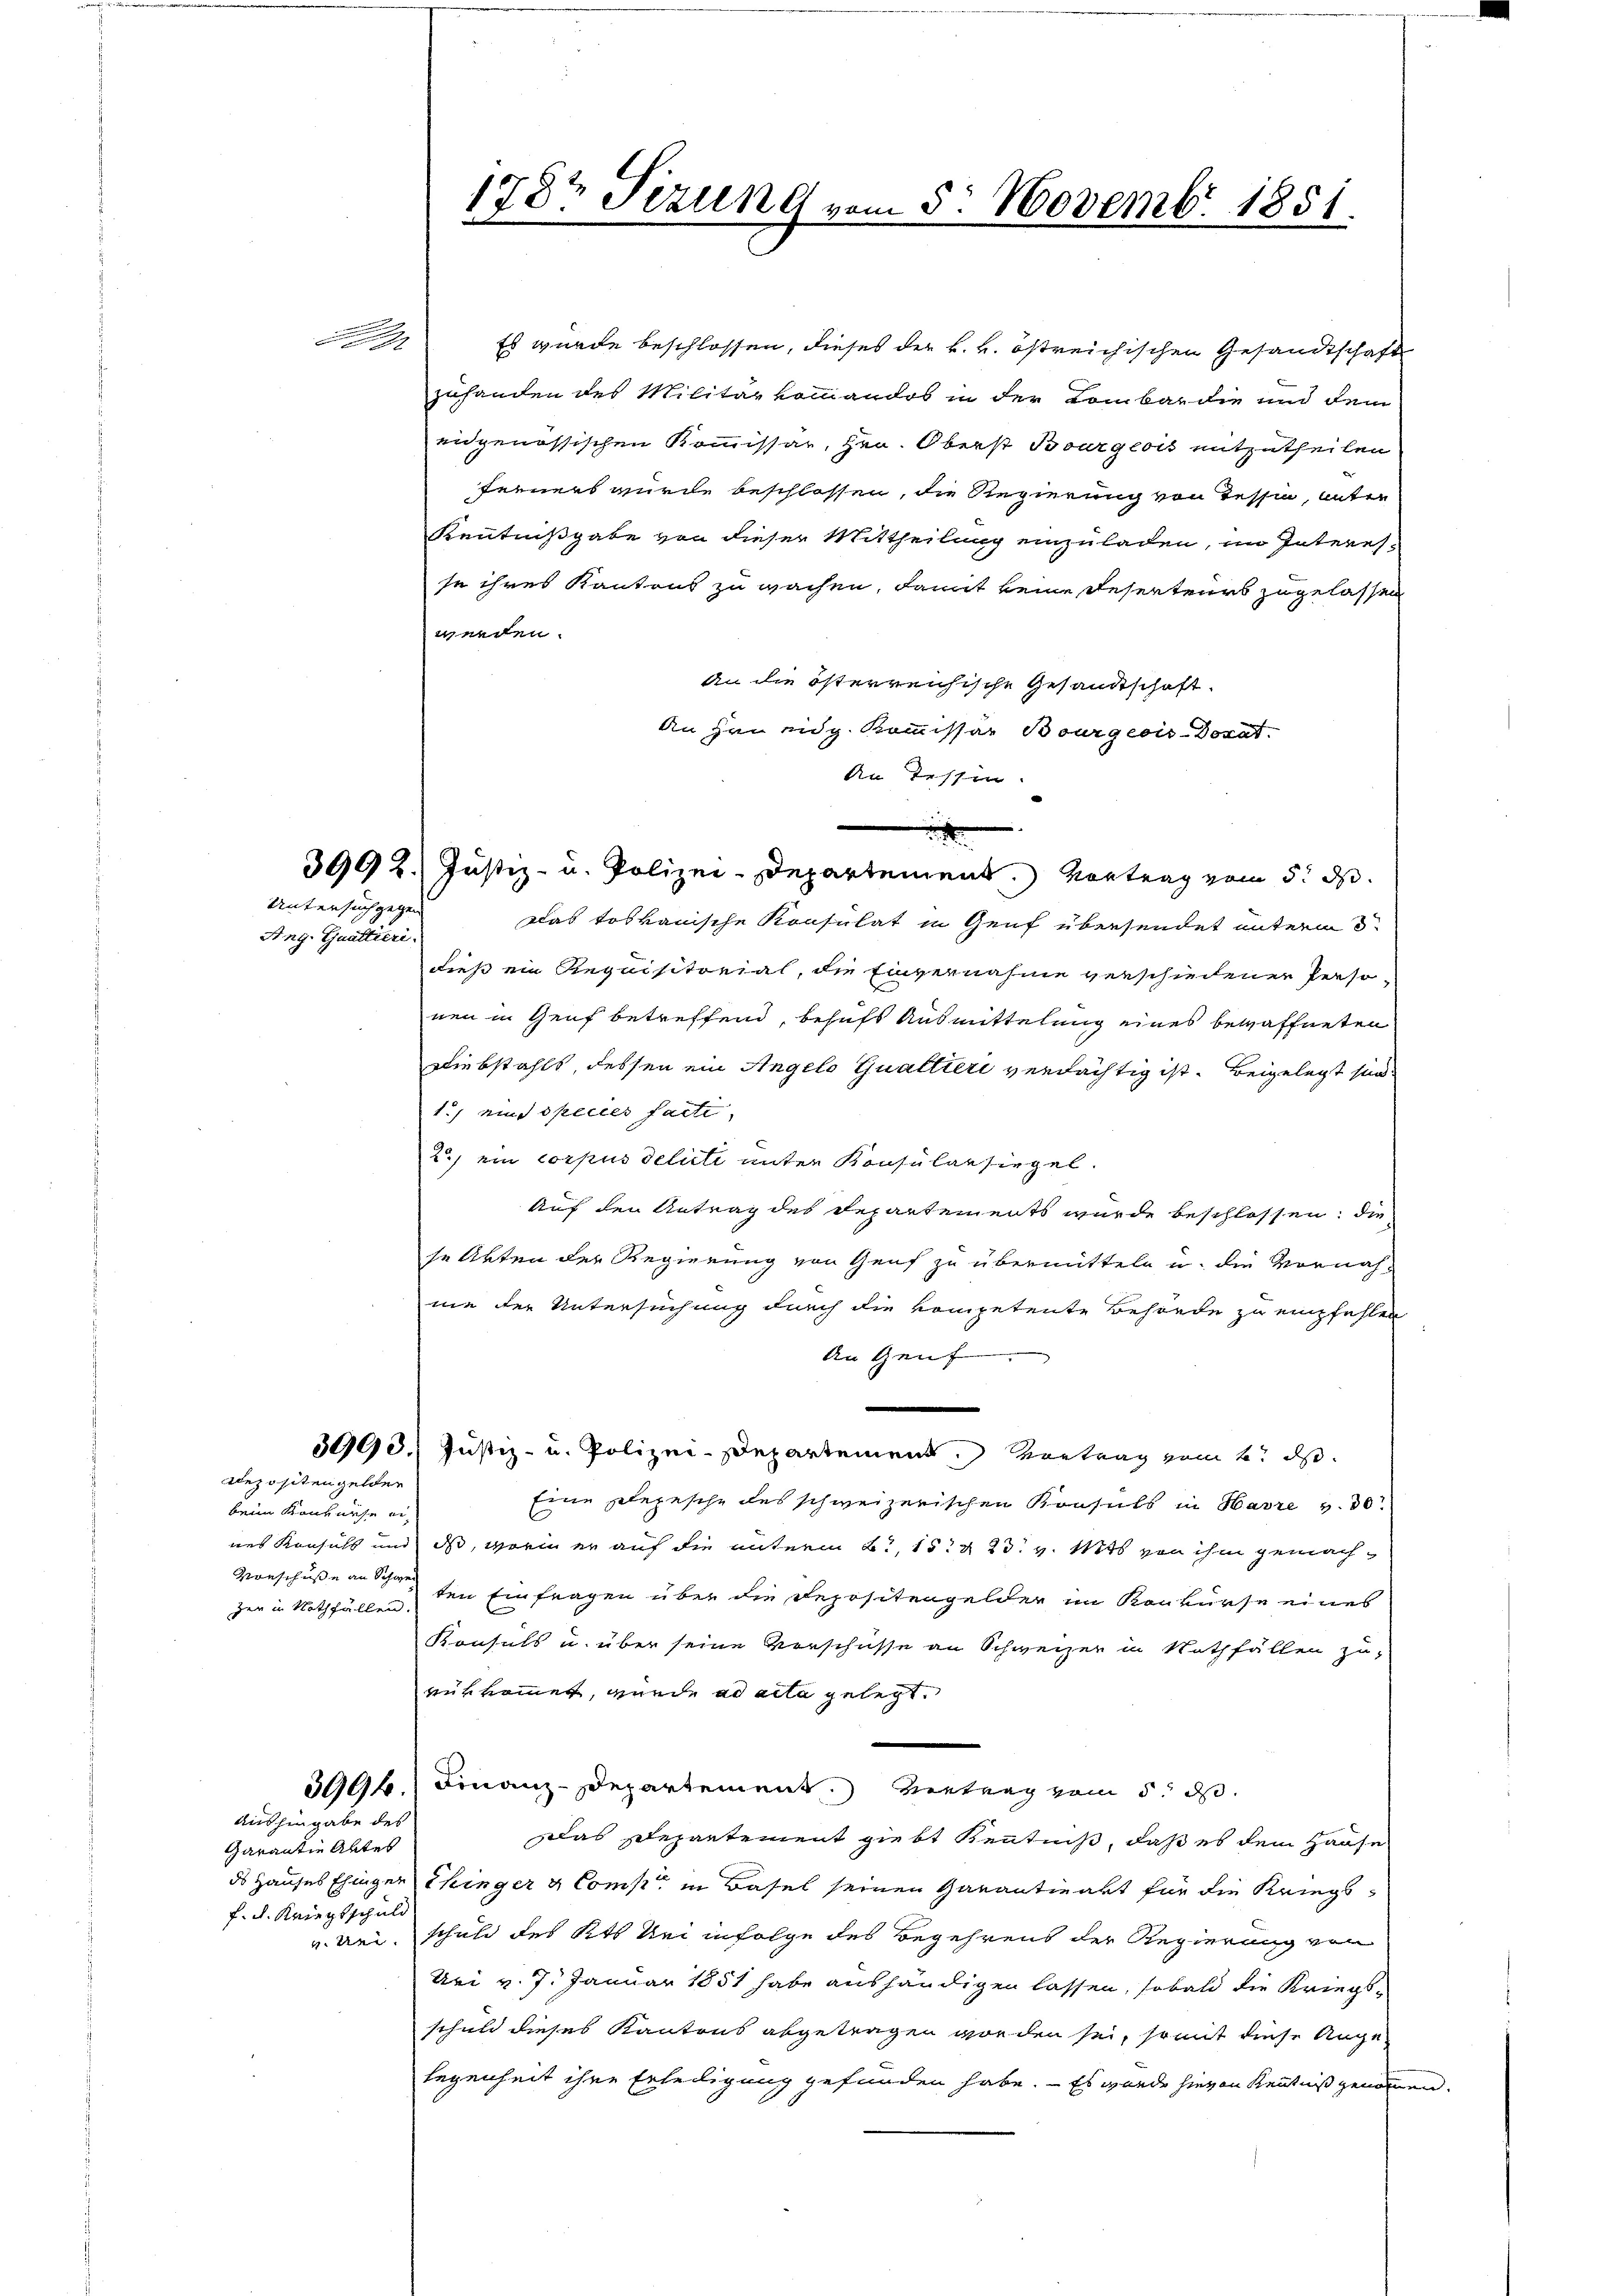
Any. Guattieri

.
2

Untersuch gegen

Es wurde beschlossen, dieses der k. k. östreichischen Gesandtschaft
zuhanden des Militär kommandos in der Kombar die und dem
eidgenössischen Kommissar, Hrn. Oberst Bourgeois mitzutheilen
ferners wurde beschlossen, die Regierung von Tessin, unter
Kenntnißgabe von dieser Mittheilung einzuladen, im Interes-
se ihres Kantons zu wachen, damit keine Deserteurs zugelassen
werden.
An die österreichische Gesandtschaft.
An hin eidg. Kommissar Bourgeois-Doxat.
An Tessin.
t
3992. Justiz- u. Polizei-Departement. Vortrag vom 5. ds.
Das toskanische Konsulat in Genf übersendet unterm 3.
dieß ein Requisitorial, die Einvernahme verschiedenen Perso-
nen in Genf betreffend, behufs Ausmittelung eines bewaffneten
Diebstahls, dessen ein Angelo Gualtteri verdächtig ist. Beigelegt sind.
1.) ein Species facti,
2) ein corpus delicte unter Konsularsiegel.
Auf den Antrag des Departements wurde beschlossen; die
se Arten der Regierung von Genf zu übermitteln u. die Vornah-
nie der Untersuchung durch die kompetente Behörde zu empfehlen
An Genf
Justiz- u. Polizei-Departement. Vortrag vom 2. ds.
Eine plepesche des schweizerischen Konsuls in Havre v. 30.
dass, worin er auf die unterm B., 15. & 23. v. Mts von ihm gemachzer in Nothfällen, den Einfragen über die Depositengelder im Konkurse eines
Konsuls u. über seine Vorschüsse an Schweizer in Nothfällen zu
rühkommet, wurde ad acta gelegt.
3996.) Finanz-Departement. Vertrag vom 5. d.
Das Departement giebt Kenntniß, daß es dem Hause
ds Hauses Ehinger hinger & Comp. in Basel seinen Garantieart für die Kriegs-
nei, schuld des Kts. bei infolge des Begehrens der Regierung von
Uri v. 7. Januar 1851 habe aushändigen lassen, sobald die Kriegs-
schuld dieses Kantons abgetragen worden sei, so mit diese Angelegenheit ihre Erledigung gefunden habe. - Es wurde hievon Kenntniß genommen.

3993.
Repositengelden

beim Konkurse eines Konsuls und
Vorschusse an Schwer

Aushingabe des

Garantie Abtes
f. d. Kriegsschuld

1787 Sizung vom 5. Novembr 1851.